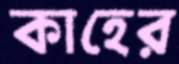
কাহের